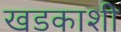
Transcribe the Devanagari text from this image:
खडकाशी